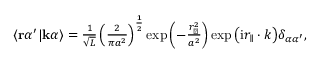
\begin{array} { r } { \langle \mathbf { r } \alpha ^ { \prime } | \mathbf { k } \alpha \rangle = \frac { 1 } { \sqrt { L } } \left( \frac { 2 } { \pi a ^ { 2 } } \right) ^ { \frac { 1 } { 2 } } \exp { \left( - \frac { r _ { \perp } ^ { 2 } } { a ^ { 2 } } \right) } \exp { \left( \mathrm { i } r _ { \parallel } \cdot k \right) } \delta _ { \alpha \alpha ^ { \prime } } , } \end{array}